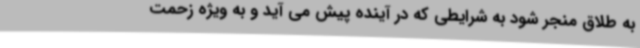
به طلاق منجر شود به شرایطی که در آینده پیش می آید و به ویژه زحمت